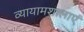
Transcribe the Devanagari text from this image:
व्यायामशालाएं